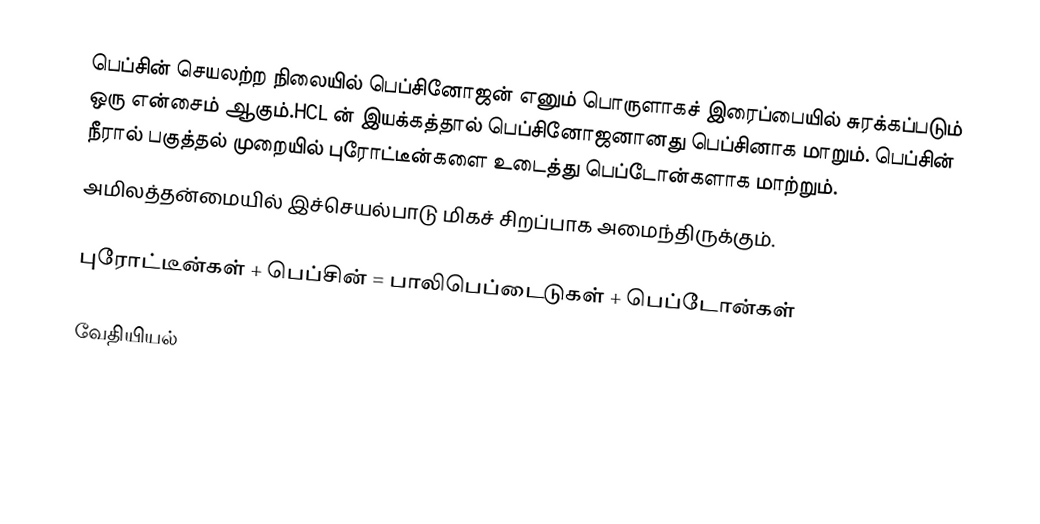
பெப்சின் செயலற்ற நிலையில் பெப்சினோஜன் எனும் பொருளாகச் இரைப்பையில் சுரக்கப்படும் ஒரு என்சைம் ஆகும்.HCL ன் இயக்கத்தால் பெப்சினோஜனானது பெப்சினாக மாறும். பெப்சின் நீரால் பகுத்தல் முறையில் புரோட்டீன்களை உடைத்து பெப்டோன்களாக மாற்றும்.
அமிலத்தன்மையில் இச்செயல்பாடு மிகச் சிறப்பாக அமைந்திருக்கும்.

புரோட்டீன்கள் + பெப்சின் = பாலிபெப்டைடுகள் + பெப்டோன்கள்

வேதியியல்